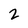
Character: 2